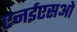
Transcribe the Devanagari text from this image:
एनईएसओ